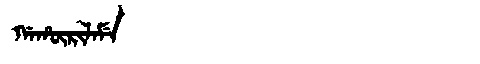
Manchu: ᡤᠠᡥᡡᡵᡳᠯᠠᠮᡝ
Romanization: GAHŪRILAME